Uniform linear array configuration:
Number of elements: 12
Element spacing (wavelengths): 0.5
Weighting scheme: hann
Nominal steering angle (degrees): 0
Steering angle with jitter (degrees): -0.9143
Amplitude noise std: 0.05
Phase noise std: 0.05

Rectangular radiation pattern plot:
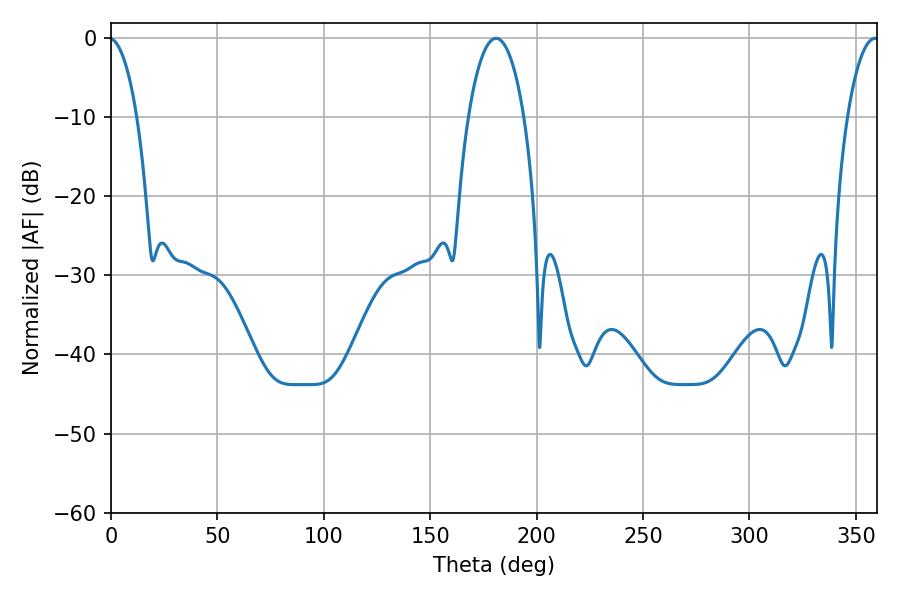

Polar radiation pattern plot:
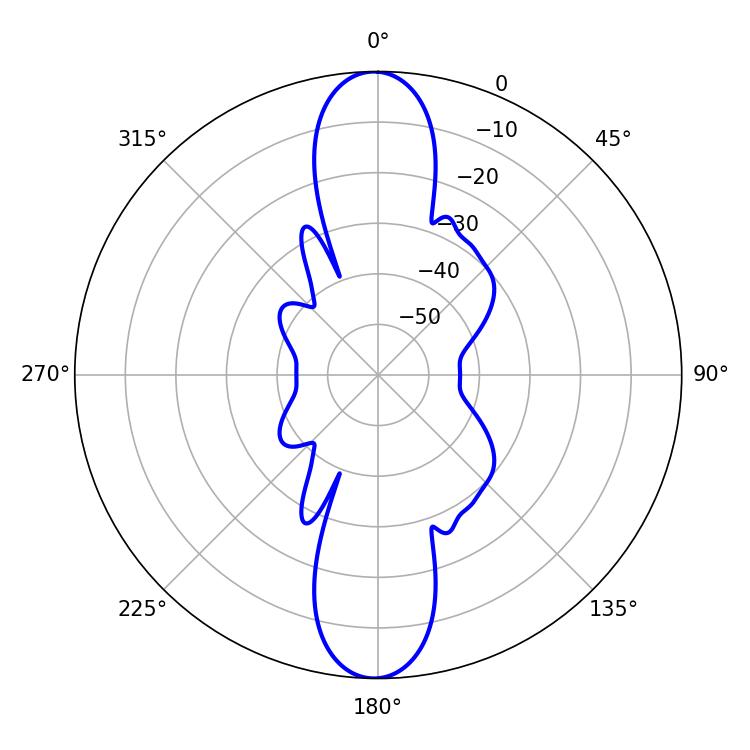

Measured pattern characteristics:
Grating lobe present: FALSE
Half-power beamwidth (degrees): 14.76
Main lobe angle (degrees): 180.9